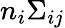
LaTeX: n_{i}\Sigma_{ij}